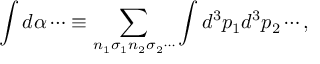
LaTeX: \int d \alpha \cdots \equiv \sum _ { n _ { 1 } \sigma _ { 1 } n _ { 2 } \sigma _ { 2 } \cdots } \int d ^ { 3 } p _ { 1 } d ^ { 3 } p _ { 2 } \cdots ,